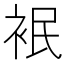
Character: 𮕸